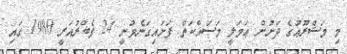
މި މަޝްރޫޢުގެ ދަށުން ޢަމަލީ މަސައްކަތް ފަށައިގަނެވުނީ 24 ފެބްރުއަރީ 1980 ގައި